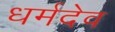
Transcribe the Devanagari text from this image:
धर्मदेव